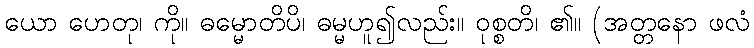
ယော ဟေတု၊ ကို။ ဓမ္မောတိပိ၊ ဓမ္မဟူ၍လည်း။ ဝုစ္စတိ၊ ၏။ (အတ္တနော ဖလံ